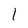
Character: 1